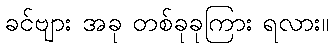
ခင်ဗျား အခု တစ်ခုခုကြား ရလား။